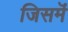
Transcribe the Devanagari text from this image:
जिसमॆं